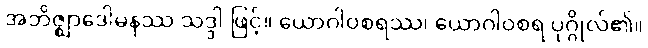
အဘိဇ္ဈာဒေါမနဿ သဒ္ဒါ ဖြင့်။ ယောဂါဝစရဿ၊ ယောဂါဝစရ ပုဂ္ဂိုလ်၏။